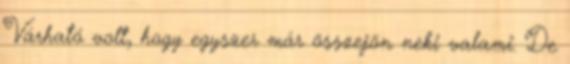
Várható volt, hogy egyszer már összejön neki valami. De